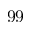
9 9